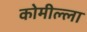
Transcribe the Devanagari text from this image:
कोमील्ला